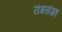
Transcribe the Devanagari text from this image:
रागसंग्रह